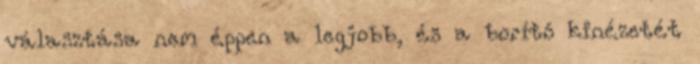
választása nem éppen a legjobb, és a borító kinézetét